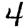
Digit: 4